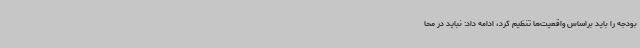
بودجه را باید براساس واقعیت‌ها تنظیم کرد، ادامه داد: نباید در محا